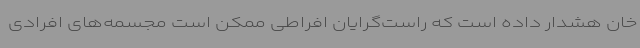
خان هشدار داده است که راست‌گرایان افراطی ممکن است مجسمه‌های افرادی